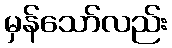
မှန်သော်လည်း